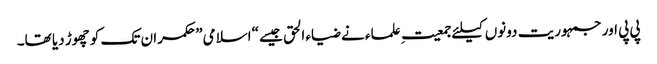
پی پی اور جمہوریت دونوں کیلئے جمعیتِ علماء نے ضیاء الحق جیسے “اسلامی” حکمران تک کو چھوڑ دیا تھا۔